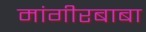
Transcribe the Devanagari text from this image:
मांगीरबाबा